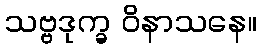
သဗ္ဗဒုက္ခ ဝိနာသနေ။